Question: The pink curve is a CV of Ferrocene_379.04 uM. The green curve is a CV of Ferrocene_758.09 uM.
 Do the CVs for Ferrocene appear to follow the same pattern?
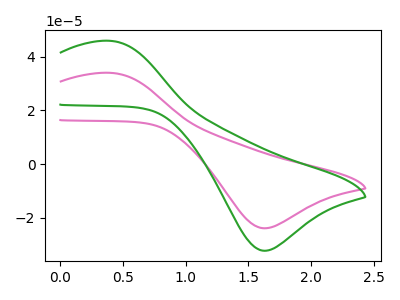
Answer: <think>The pink curve "Ferrocene_379.04 uM" has an anodic peak at (0.40V, 34.00uA) and a cathodic peak at (1.60V, -23.90uA). The green curve "Ferrocene_758.09 uM" has an anodic peak at (0.40V, 45.95uA) and a cathodic peak at (1.60V, -32.30uA).
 All the peaks in "Ferrocene_379.04 uM" have a peak in "Ferrocene_758.09 uM" at the same potential. Every peak in "Ferrocene_379.04 uM" is lower than every peak in "Ferrocene_758.09 uM".</think>
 <answer>All the CV's of "Ferrocene" have similar shape.</answer>
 <eval>follow_rule</eval>